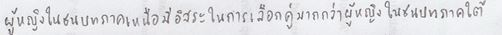
ผู้หญิงในชนบทภาคเหนือมีอิสระในการเลือกคู่มากกว่าผู้หญิงในชนบทภาคใต้